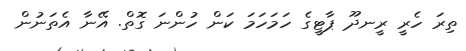
ތިރަ ހެރީ ރީނދޫ ޕާޓީގެ ހަމަހަމަ ކަން ހުންނަ ގޮތް. އޭނާ އެތަނުން